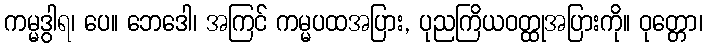
ကမ္မဒွါရ၊ ပေ။ ဘေဒေါ၊ အကြင် ကမ္မပထအပြား, ပုညကြိယဝတ္ထုအပြားကို။ ဝုတ္တော၊